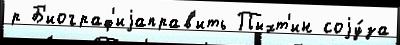
р Б'иограф'иjаправ'ить Пыхт'ин соjу́за